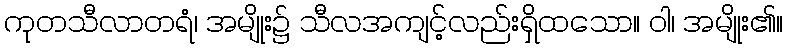
ကုတသီလာတရံ၊ အမျိုး၌ သီလအကျင့်လည်းရှိထသော။ ဝါ၊ အမျိုး၏။